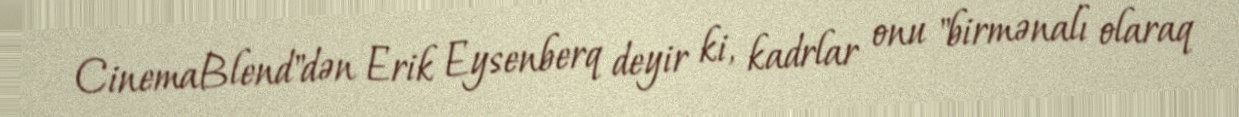
CinemaBlend"dən Erik Eysenberq deyir ki, kadrlar onu "birmənalı olaraq